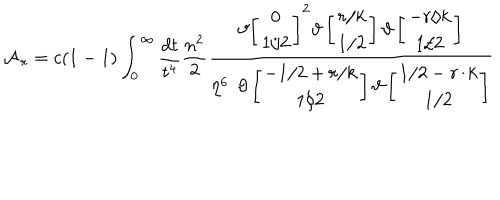
LaTeX: { \cal A } _ { \, r } = c ( 1 - 1 ) \int _ { 0 } ^ { \infty } \frac { d t } { t ^ { 4 } } \frac { n ^ { 2 } } { 2 } { \frac { \vartheta { \left[ \begin{array} { c } { { 0 } } \\ { { 1 / 2 } } \\ \end{array} \right] } ^ { 2 } \vartheta \left[ \begin{array} { c } { { r / k } } \\ { { 1 / 2 } } \\ \end{array} \right] \vartheta \left[ \begin{array} { c } { { - r / k } } \\ { { 1 / 2 } } \\ \end{array} \right] } { \eta ^ { 6 } \; \, \vartheta \left[ \begin{array} { c } { { - 1 / 2 + r / k } } \\ { { 1 / 2 } } \\ \end{array} \right] \vartheta \left[ \begin{array} { c } { { 1 / 2 - r / k } } \\ { { 1 / 2 } } \\ \end{array} \right] } }